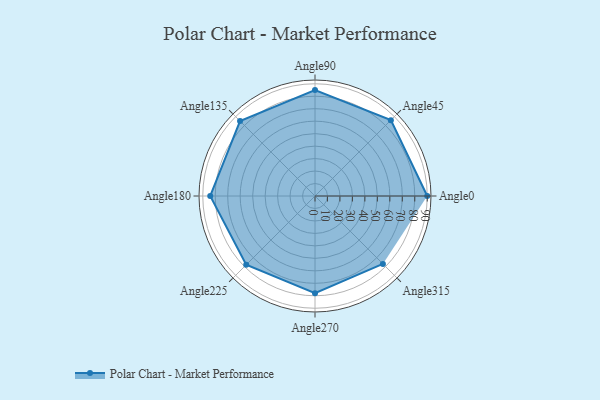
{"axis": {"x": "Angle", "y": "Radius"}, "legend": [""], "data": [{"x": "Angle0", "y": 90.0, "type": ""}, {"x": "Angle45", "y": 86.0, "type": ""}, {"x": "Angle90", "y": 85.0, "type": ""}, {"x": "Angle135", "y": 85.0, "type": ""}, {"x": "Angle180", "y": 84.0, "type": ""}, {"x": "Angle225", "y": 78.0, "type": ""}, {"x": "Angle270", "y": 78.0, "type": ""}, {"x": "Angle315", "y": 77.0, "type": ""}]}